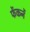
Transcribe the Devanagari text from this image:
फेंकनें